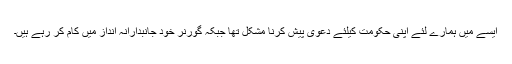
ایسے میں ہمارے لئے اپنی حکومت کیلئے دعوی پیش کرنا مشکل تھا جبکہ گورنر خود جانبدارانہ انداز میں کام کر رہے ہیں۔